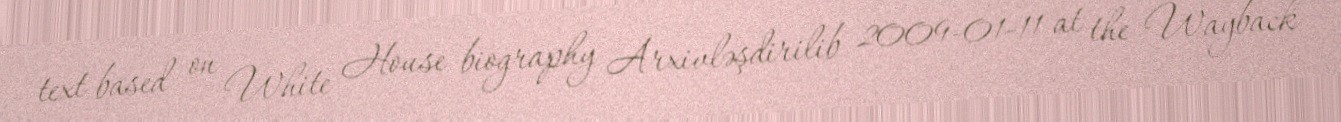
text based on White House biography Arxivləşdirilib 2009-01-11 at the Wayback